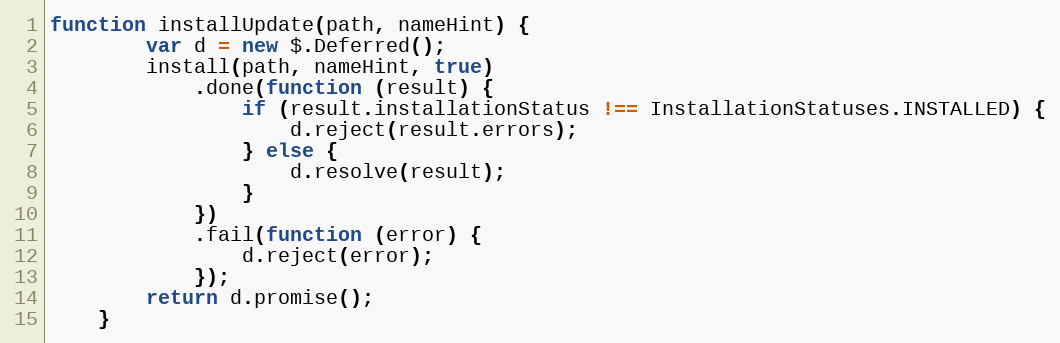
Language: JavaScript
function installUpdate(path, nameHint) {
        var d = new $.Deferred();
        install(path, nameHint, true)
            .done(function (result) {
                if (result.installationStatus !== InstallationStatuses.INSTALLED) {
                    d.reject(result.errors);
                } else {
                    d.resolve(result);
                }
            })
            .fail(function (error) {
                d.reject(error);
            });
        return d.promise();
    }